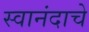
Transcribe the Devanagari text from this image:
स्वानंदाचे